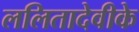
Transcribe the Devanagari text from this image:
ललितादेवीके